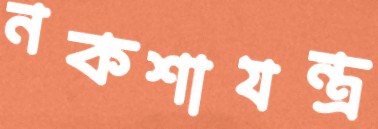
নকশাযন্ত্র